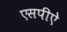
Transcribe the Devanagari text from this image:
एसपीऐ